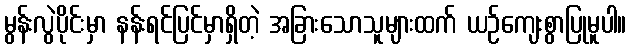
မွန်းလွဲပိုင်းမှာ နန်းရင်ပြင်မှာရှိတဲ့ အခြားသောသူများထက် ယဉ်ကျေးစွာပြုမူပါ။